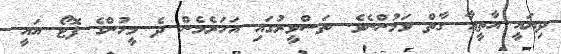
ދިޔައީ އާތީއާ ގާތް ވަމުންނެވެ. ތަސްވީރުގައި އަހަރެމެން ދެ މީހުންގެ ފޮޓޯ އައީ